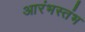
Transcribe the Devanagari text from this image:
आरंभस्तंभ